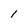
Character: 1